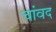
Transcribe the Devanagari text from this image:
चांवद